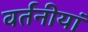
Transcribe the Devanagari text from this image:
वर्तनीयां